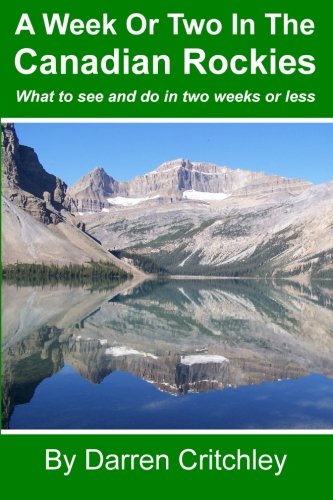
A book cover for A Week Or Two In The Canadian Rockies: What to see and do in two weeks or less; Darren Critchley; Travel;